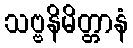
သဗ္ဗနိမိတ္တာနံ